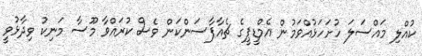
ކުއްލި މައްސަލަ ހުށަހަޅުއްވަމުން އެމްޑީޕީގެ ޗެއާޕާސަންކަން ވެސް ކުރައްވާ މޫސާ މަނިކު ވިދާޅުވީ